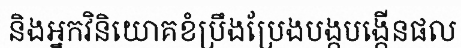
និងអ្នកវិនិយោគខំប្រឹងប្រែងបង្កបង្កើនផល